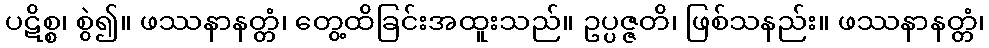
ပဋိစ္စ၊ စွဲ၍။ ဖဿနာနတ္တံ၊ တွေ့ထိခြင်းအထူးသည်။ ဥပ္ပဇ္ဇတိ၊ ဖြစ်သနည်း။ ဖဿနာနတ္တံ၊